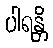
ပါရန္တိ